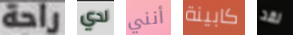
راحة لدي أنني كابينة لقد